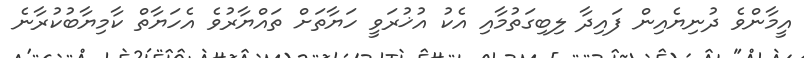
އީމާންވެ ދުނިޔެއިން ފައިދާ ލިބިގަތުމާއި އެކު އުޚުރަވީ ހަޔާތަށް ތައްޔާރުވެ އެހަޔާތް ކާމިޔާބުކުރާނެ